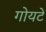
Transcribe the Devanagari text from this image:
गोयटे